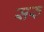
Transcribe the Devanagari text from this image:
सरु